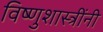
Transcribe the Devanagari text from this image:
विष्णुशास्त्रींनी